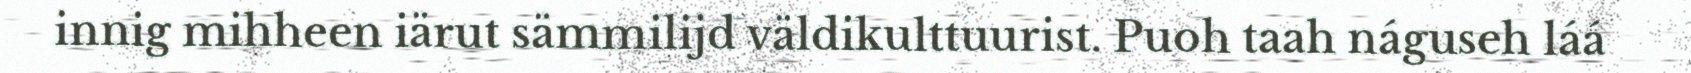
innig mihheen iärut sämmilijd väldikulttuurist. Puoh taah náguseh láá